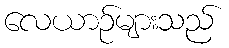
လေယာဉ်များသည်